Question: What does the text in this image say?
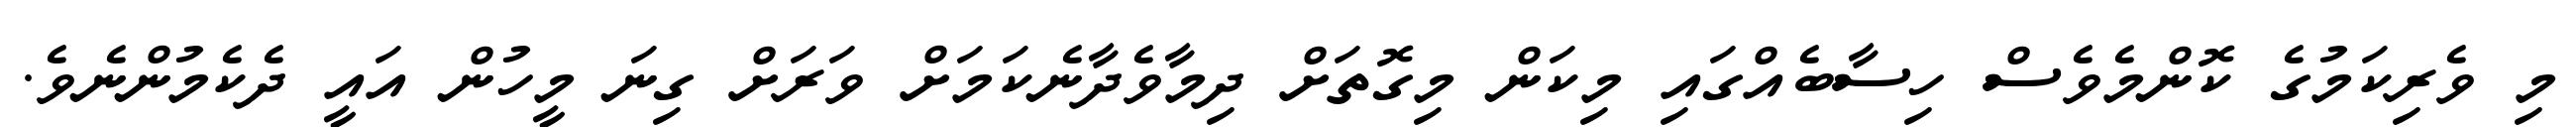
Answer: މި ވެރިކަމުގެ ކޮންމެވެސް ހިސާބެއްގައި މިކަން މިގޮތަށް ދިމާވެދާނެކަމަށް ވަރަށް ގިނަ މީހުން އައީ ދެކެމުންނެވެ.